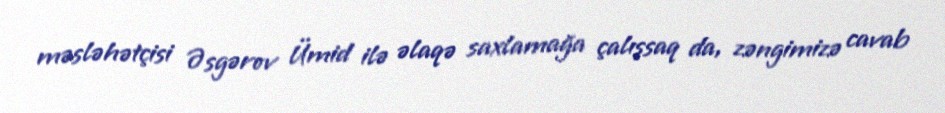
məsləhətçisi Əsgərov Ümid ilə əlaqə saxlamağa çalışsaq da, zəngimizə cavab